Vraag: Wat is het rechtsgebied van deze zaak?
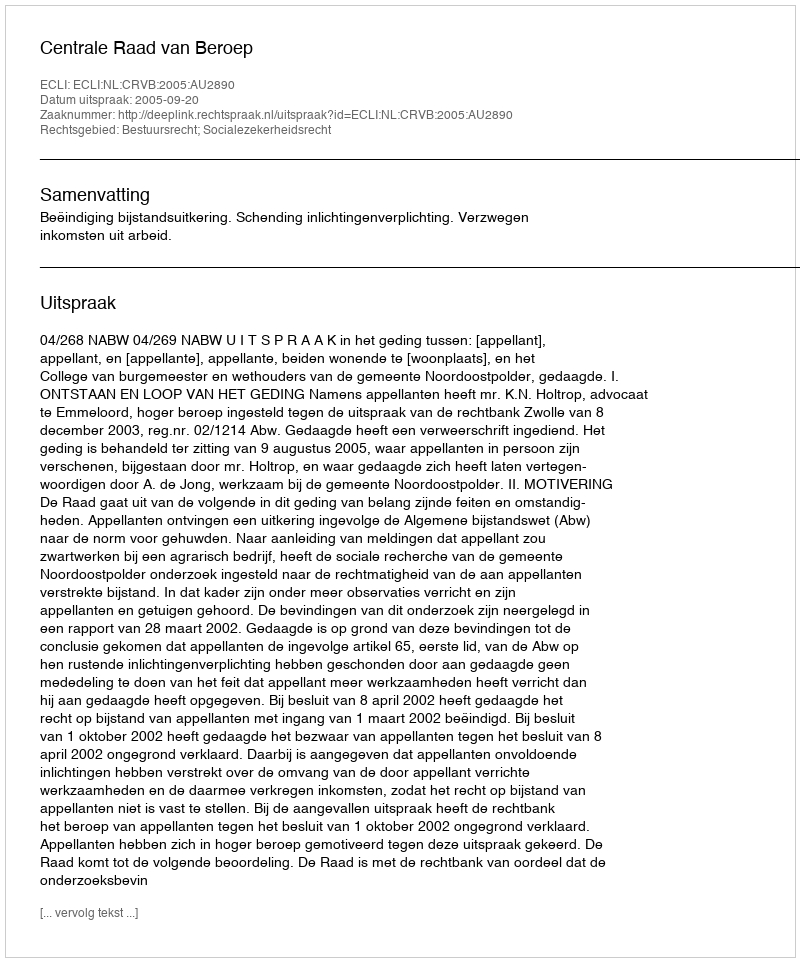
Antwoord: Bestuursrecht; Socialezekerheidsrecht